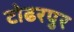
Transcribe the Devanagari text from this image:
टोढरपुर